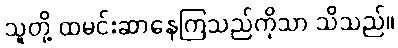
သူတို့ ထမင်းဆာနေကြသည်ကိုသာ သိသည်။